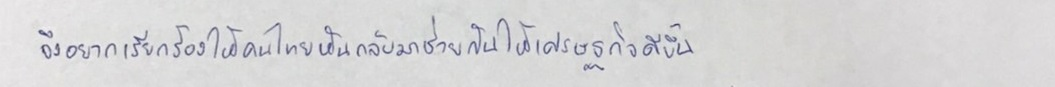
จึงอยากเรียกร้องให้คนไทยหันกลับมาช่วยกันให้เศรษฐกิจดีขึ้น